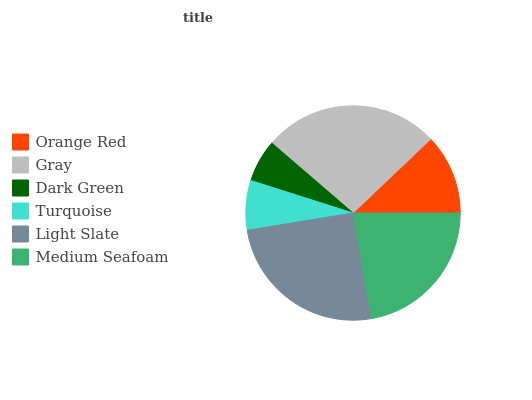
| Orange Red | Gray | Dark Green | Turquoise | Light Slate | Medium Seafoam |
 | --- | --- | --- | --- | --- | --- |
 | 12.1% | 26.6% | 6.43% | 7.45% | 25.1% | 22.3% |